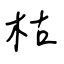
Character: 枯